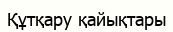
Құтқару қайықтары